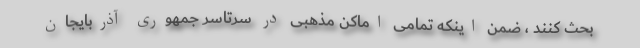
بحث کنند ، ضمن اینکه تمامی اماکن مذهبی در سرتاسر جمهوری آذربایجان